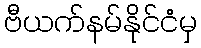
ဗီယက်နမ်နိုင်ငံမှ